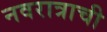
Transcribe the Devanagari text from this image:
नवरात्राची